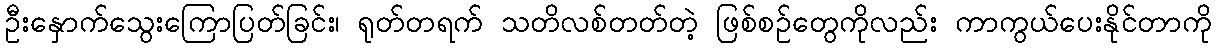
ဦးနှောက်သွေးကြောပြတ်ခြင်း၊ ရုတ်တရက် သတိလစ်တတ်တဲ့ ဖြစ်စဉ်တွေကိုလည်း ကာကွယ်ပေးနိုင်တာကို